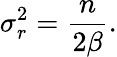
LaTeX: \sigma_{r}^{2}=\frac{n}{2\beta}.